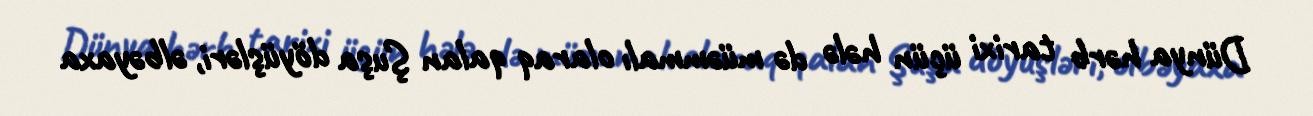
Dünya hərb tarixi üçün hələ də müəmmalı olaraq qalan Şuşa döyüşləri, əlbəyaxa